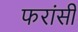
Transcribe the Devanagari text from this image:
फरांसी